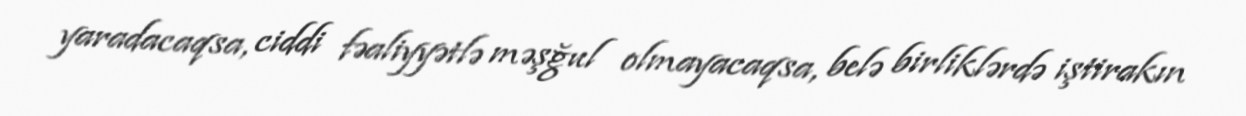
yaradacaqsa, ciddi fəaliyyətlə məşğul olmayacaqsa, belə birliklərdə iştirakın